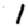
Digit: 1